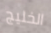
الخليج